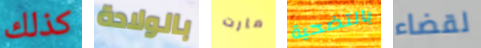
كذلك بالولادة مارت بالتضحية لقضاء